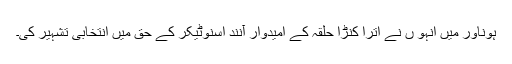
ہوناور میں انہو ں نے اترا کنڑا حلقہ کے امیدوار آنند اسنوٹیکر کے حق میں انتخابی تشہیر کی۔